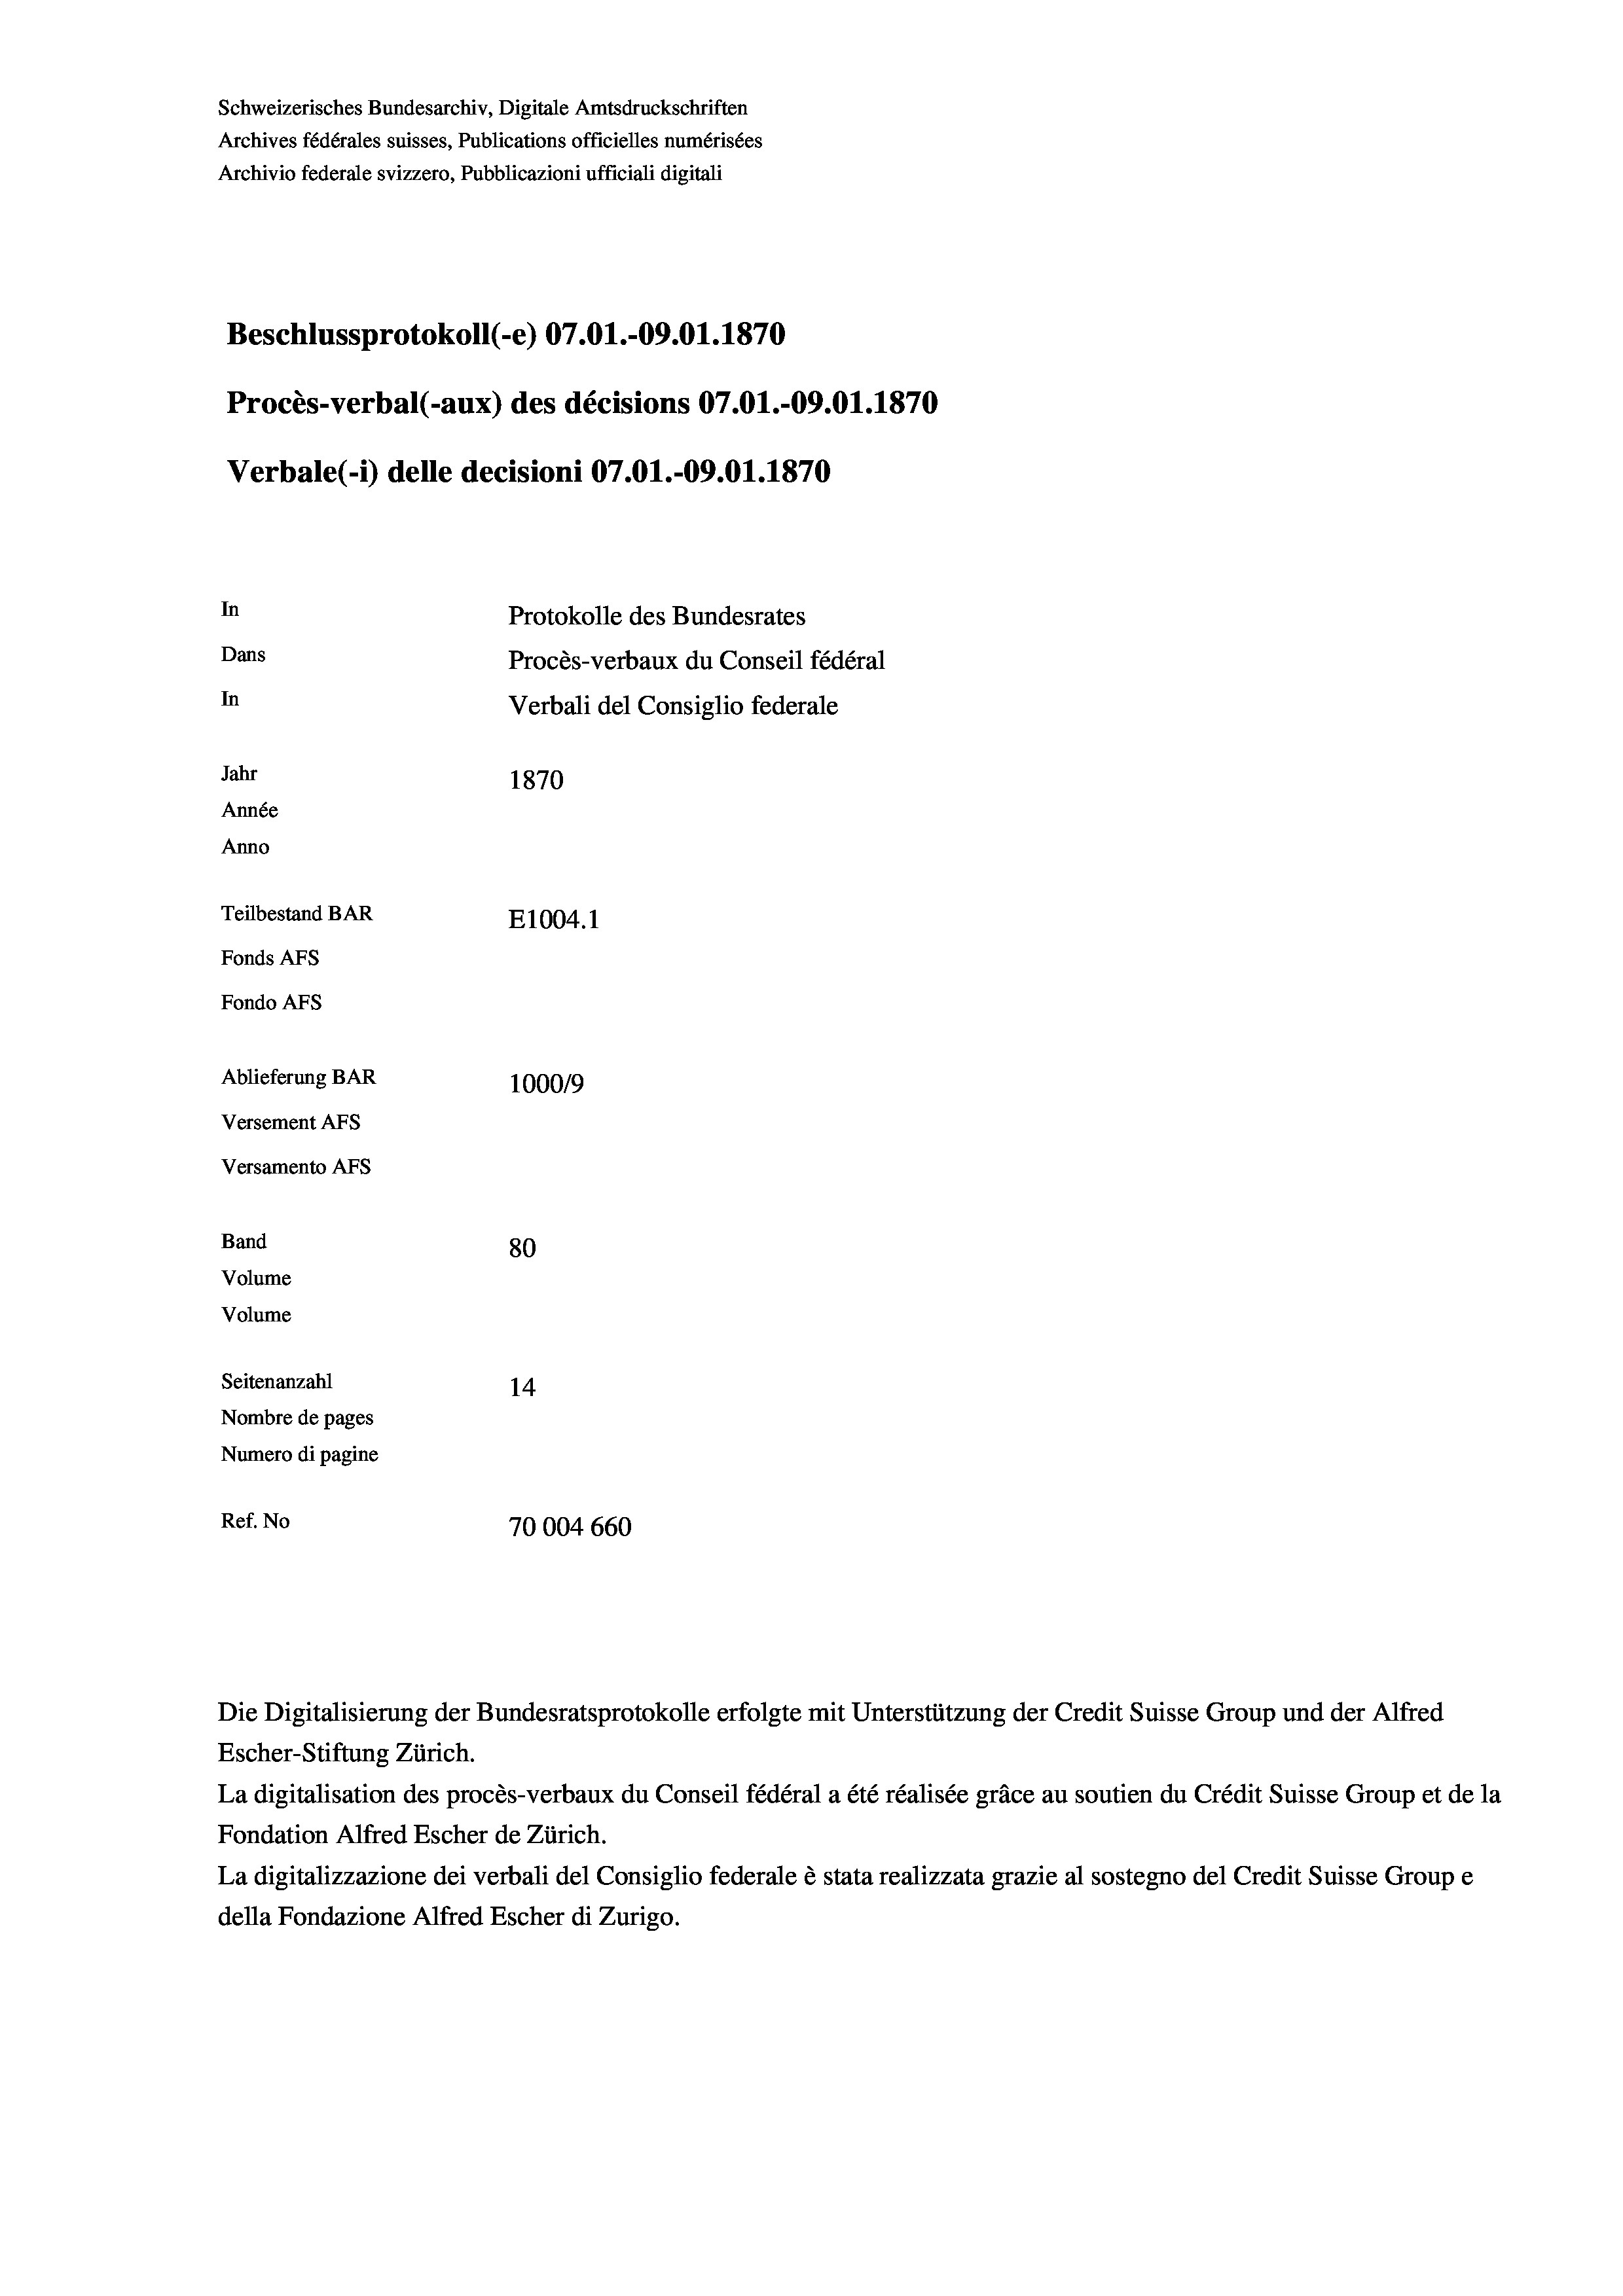
Schweizerisches Bundesarchiv, Digitale Amtsdruckschriften
Archives fédérales suisses, Publications officielles numérisées
Archivio federale svizzero, Pubblicazioni ufficiali digitali
Beschlussprotokoll (-e) 07.01.-09.01. 1870
Procès-verbal (-aux) des décisions 07.01.-09.01.1870
Verbale(-*) delle decisioni 07.01.-09.01. 1870
In
Protokolle des Bundesrates
Dans
Procès-verbaux du Conseil fédéral
In
Verbali del Consiglio federale
Jahr
1870
Année
Anno
Teilbestand BAR
E1004. 1
Fonds AFs
Fondo Afs
Ablieferung BAR
100019
Versement AFs

Versamento AFs
Band
Volume
Volume

80
Seitenanzahl
14
Nombre de pages
Numero di pagine
Ref. No
70004660

Escher-Stiftung Zürich.
La digitalisation des procès-verbaux du Conseil fédéral a été réalisée gräce au soutien du Crédit Suisse Group et de la
Fondation Alfred Escher de Zürich.
La digitalizzazione dei verbali del Consiglio federale è stata realizzata grazie al sostegno del Credit Suisse Groupe
della Fondazione Alfred Escher di Zurigo.

Die Digitalisierung der Bundesratsprotokolle erfolgte mit Unterstützung der Credit Suisse Group und der Alfred